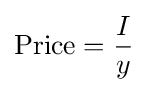
{\text{Price}}={\frac {I}{y}}